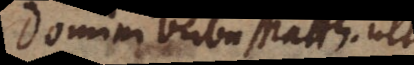
Domini verba Matth. ult.: